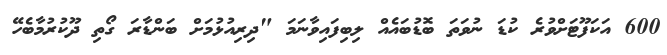
600 އަކަފޫޓަށްވުރެ ކުޑަ ނުވަތަ ބޮޑުބައެއް ލިބިފައިވާނަމަ "ދިރިއުޅުމަށް ބަންޑާރަ ގޯތި ދޫކުރުމާބެހޭ